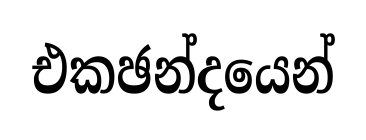
එකඡන්දයෙන්